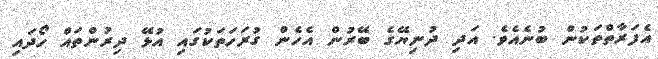
އެފަރާތްތަކުން ބުނެއެވެ. އަދި ދުނިޔޭގެ ބޭރުން އެހެން ގުރަހަތަކުގައި އުޅޭ ދިރުންތައް ހޯދައި